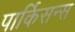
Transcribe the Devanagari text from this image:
पार्किसन्स